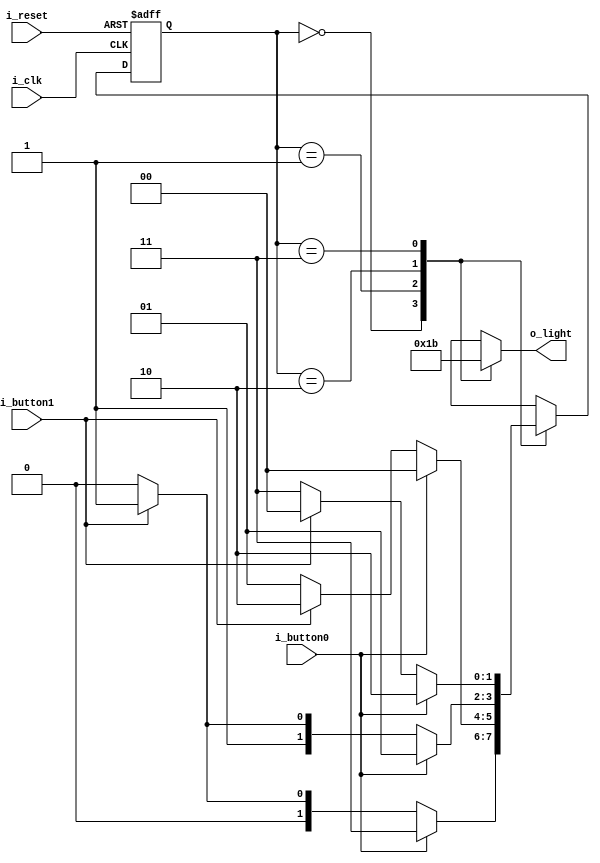
`timescale 1ns / 1ps

module FSM_Light(
    input i_clk,
    input i_reset,
    input i_button0, i_button1,

    output [1:0] o_light
    );

    parameter S_LED_00 = 2'b00,          // parameter C++ enum      
              S_LED_01 = 2'b01,
              S_LED_10 = 2'b10,          // 0 1   32bit  
              S_LED_11 = 2'b11;

    reg [1:0] curState = S_LED_00, nextState = S_LED_00;             //       --> register
    reg [1:0] r_light;

    assign o_light = r_light;

//   (Change State)
    always @(posedge i_clk or posedge i_reset) begin
        if(i_reset) curState <= S_LED_00;
        else        curState <= nextState;
    end

//  (Process Event)
    always @(curState or i_button0 or i_button1) begin
       case (curState)
       S_LED_00 : begin
        if(i_button0)      nextState <= S_LED_11;
        else if(i_button1) nextState <= S_LED_01;
        else               nextState <= S_LED_00;
        //        Latch  FSM    
       end
       S_LED_01 : begin
        if(i_button0)      nextState <= S_LED_00;
        else if(i_button1) nextState <= S_LED_10;
        else               nextState <= S_LED_01;
       end
       S_LED_10 : begin
        if(i_button0)      nextState <= S_LED_01;
        else if(i_button1) nextState <= S_LED_11;
        else               nextState <= S_LED_10;
       end
       S_LED_11 : begin
        if(i_button0)      nextState <= S_LED_10;
        else if(i_button1) nextState <= S_LED_00;
        else               nextState <= S_LED_11;
       end
       endcase 
    end

//   (Working on State)

    always @(curState) begin
        case (curState)
            S_LED_00 : r_light <= 2'b00;
            S_LED_01 : r_light <= 2'b01;
            S_LED_10 : r_light <= 2'b10;
            S_LED_11 : r_light <= 2'b11;
        endcase
    end

endmodule